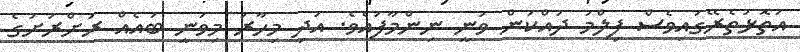
އަތޮޅުތެރޭގައިވެސް ފިލްމު ދައްކަން ވަނީ ނިންމާފައެވެ. އަދި މިހާރު މިވަނީ ބައެއް ރަށްރަށުގެ